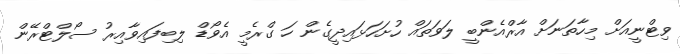
ވިޓްނީއަށް މިހާތަނަށް އާރްއެންބީ ލަވަތައް ހުށަހަޅައިދީގެން ހަ ގްރެމީ އެވޯޑް ލިބިފައިވާއިރު ސޯލްޓްރޭން